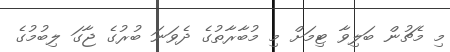
މި މެޗުން ބަލިވާ ޓިމަށް މި މުބާރާތުގެ ދެވަނަ ބުރުގެ ޖާގަ ލިބުމުގެ